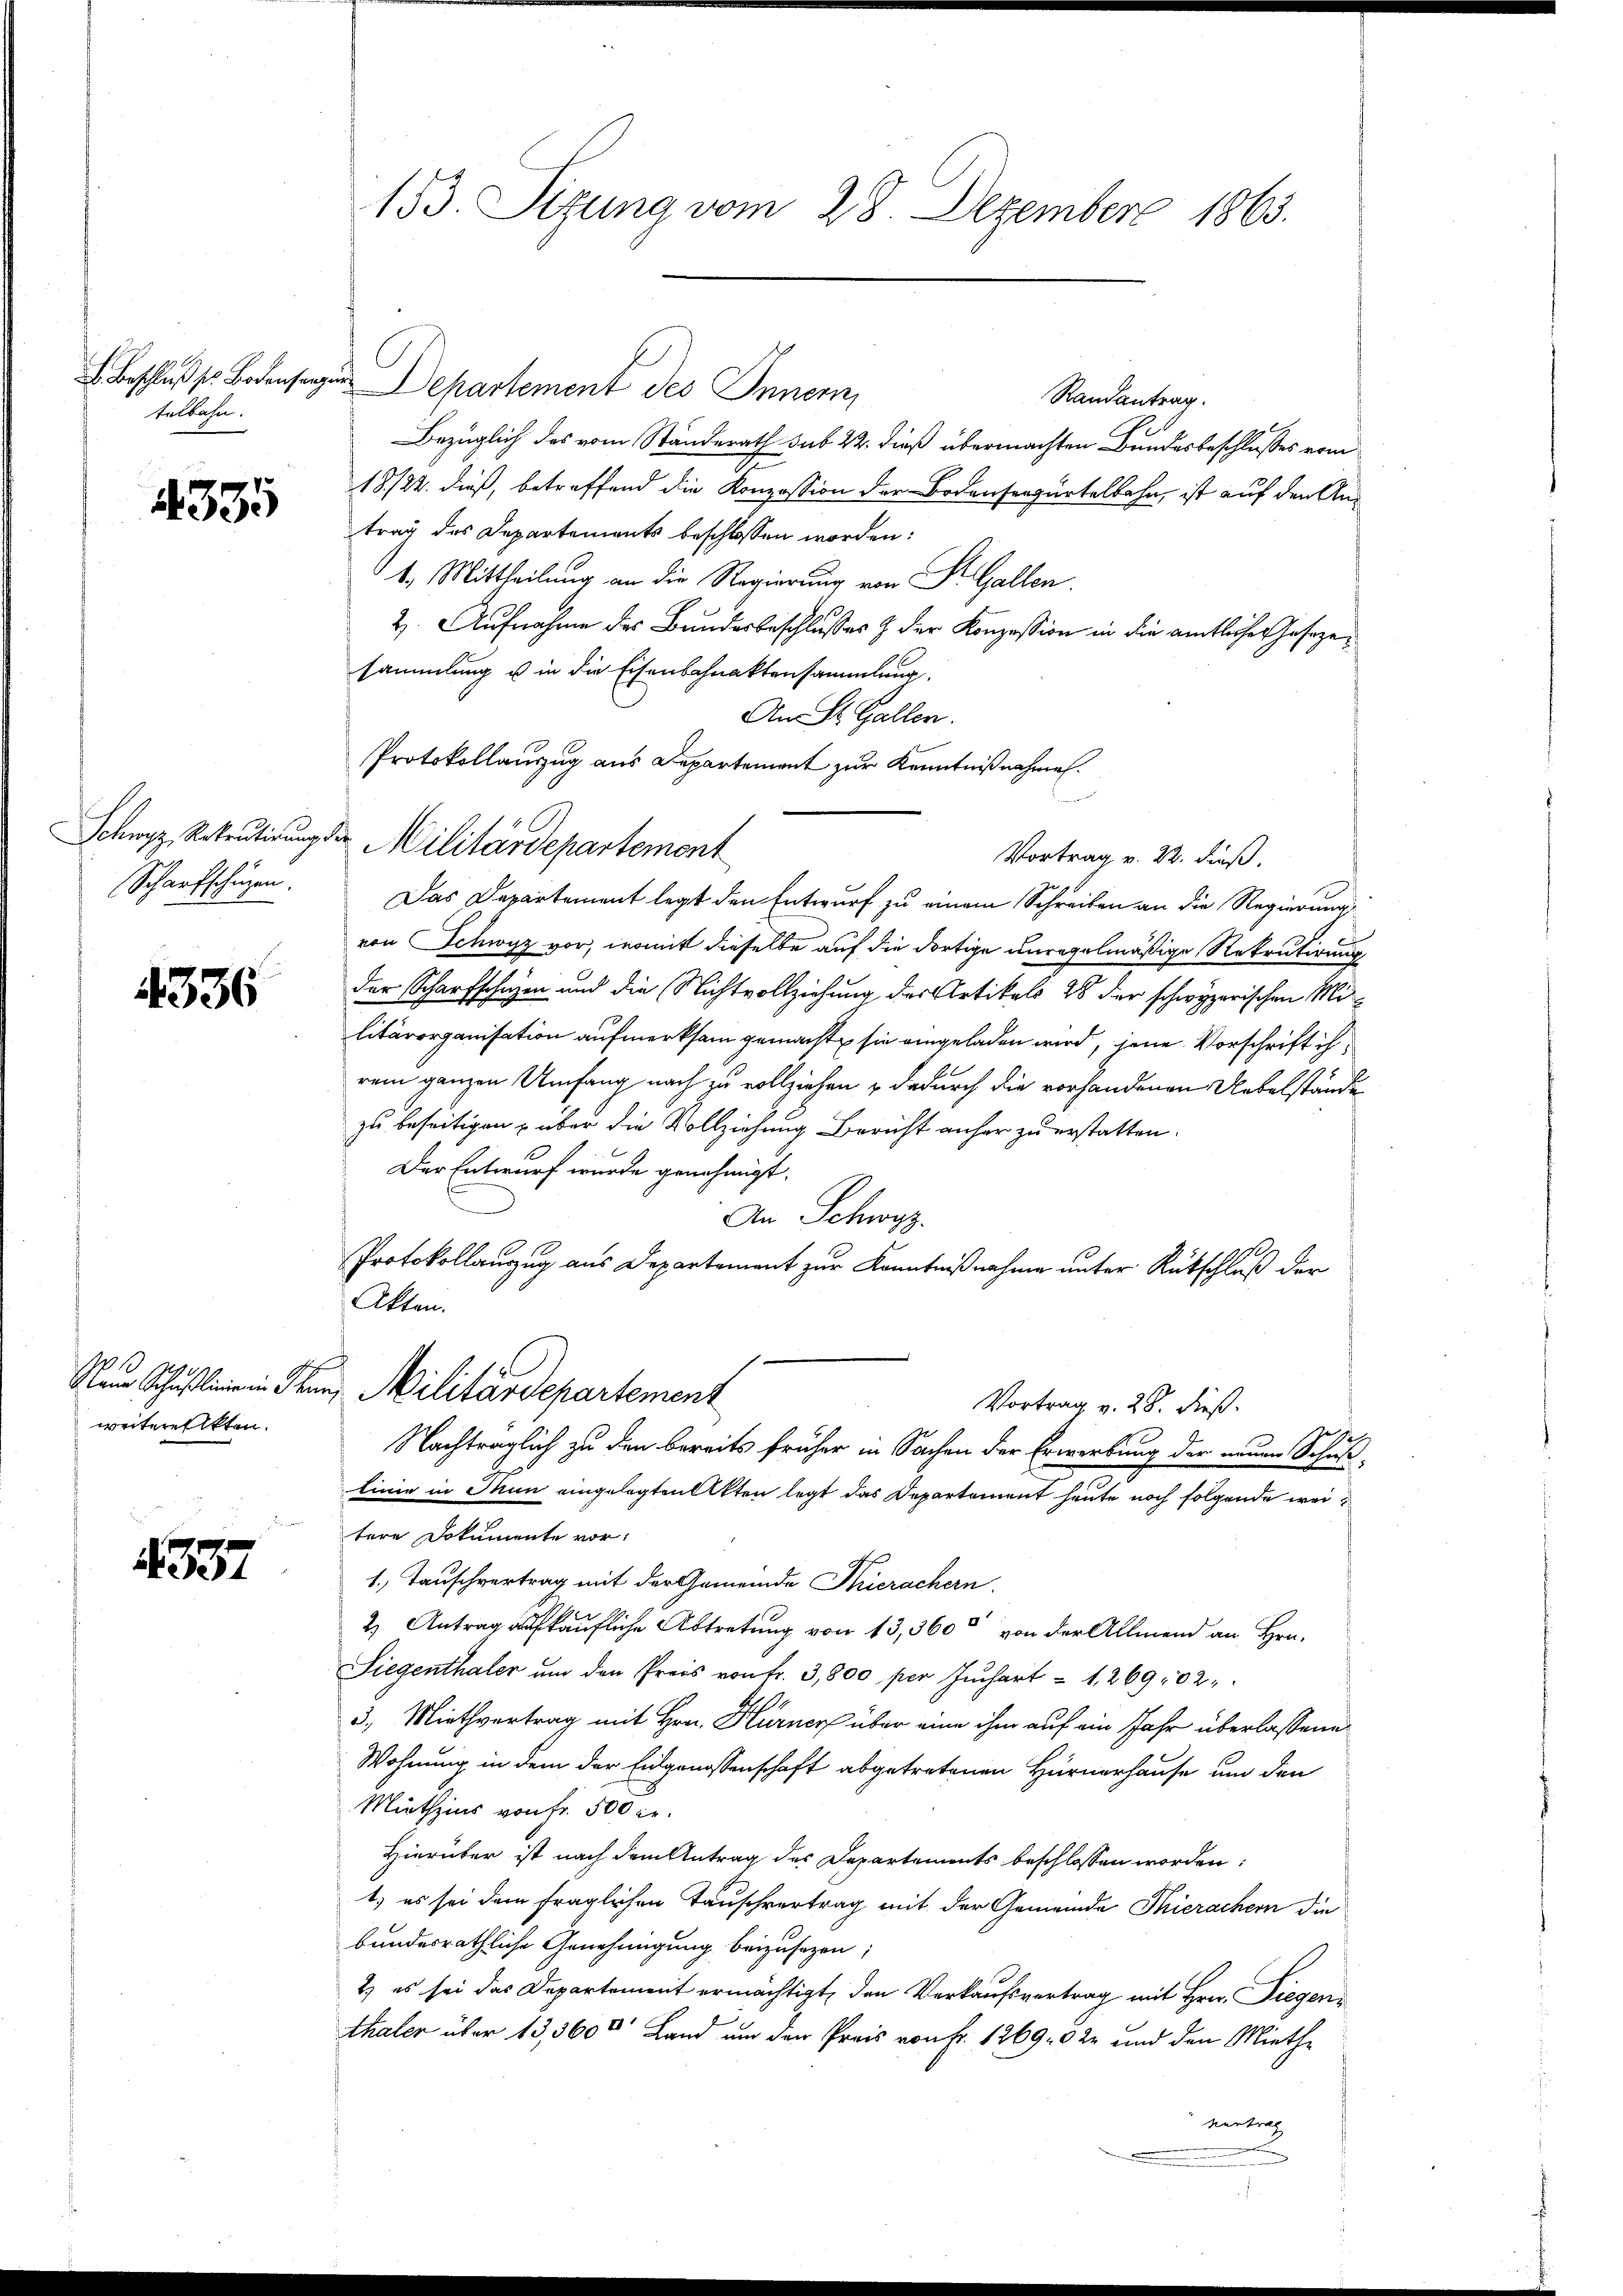
telbahn.

4335

Scharfschüzen.

4336

Naue Schußlinie in Ihr
weitereiten.

337

153. Sitzung vom 28. Dezember 1863.

Beschlusser Bodensangen Departement des Innern,
Randantrag.
Bezüglich des vom Standerath sub 22. dieß übermachten Bundesbeschlusses vom
18/22. dieß, betreffend die Konzession der Bodensrepartalbahn, ist auf den Antrag des Departements beschlossen worden:
4. Mittheilung an die Regierung von P. Gallen.
2. Aufnahme des Bundesbeschlusses & der Konzession in die amtlicher Geseze
sammlung u in die Eisenbahnaktensammlung.
An St. Gallen.
Protokollauszug aus Departement zur Kenntnißnahme.
Schwyz, Rekrutirung der Militärdepartemont
Das Departement legt den Entwurf zu einem Schreiben an die Regierung
von Schwyz vor, womit dieselbe auf die dortige unregelmäßige Rekrutirung
der Scharfschazen und die Nichtvollziehung des Artikels 28 der schwyzerischen Militärorganisation aufmerksam gemacht sie eingeladen wird, jene Vorschrift ihrem ganzen Umfang nach zu vollziehen & dadurch die vorhandenen Uebelstände
zu beseitigen, über die Vollziehung Bericht anher zu erstatten.
Der Entwurf wurde genehmigt.
e
An Schwyz
Protokollauszug aus Departement zur Kenntnißnahme unter Rütschluß der
Akten.
i Militärdepartement
Vortrag v. 28. dieß.
Nachträglich zu den bereits früher in Sachen der Erwerbung der neuen Schuß-
linie in Thun eingelegten Akten legt das Departement heute noch folgende weitere Dokumente vor:
1. Tauschvertrag mit der Gemeinde Thierachern.
2) Antrag aufkäufliche Abtretung von 13, 360 und an der Allmend an Hrn.
Liegenthaler ŭm den Preis von Fr. 3,800 per Juchart = 1, 26902.
3., Miethvertrag mit Hrn. Hurner über eine ihm auf ein Jahr überlassene
Wohnung in dem der Eidgenossenschaft abgetretenen Hürnerhause um den
Miethzins von Fr. 500 fr.
Hierüber ist nach dem Antrag des Departements beschlossen worden:
t; es sei dem fraglichen Tauschvertrag mit der Gemeinde Thierachern die
bandesräthliche Genehmigung beizusetzen;
2) es sei das Departement ermächtigt, den Verkaufsvertrag mit Hrn. Siegenthaler über 13, 3600 Land um den Preis von Fr. 126902 und den Miethe
vertrag
3

Vortrag v. 22. dieß.